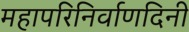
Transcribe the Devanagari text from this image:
महापरिनिर्वाणदिनी